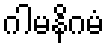
ဂါမနိဂမံ